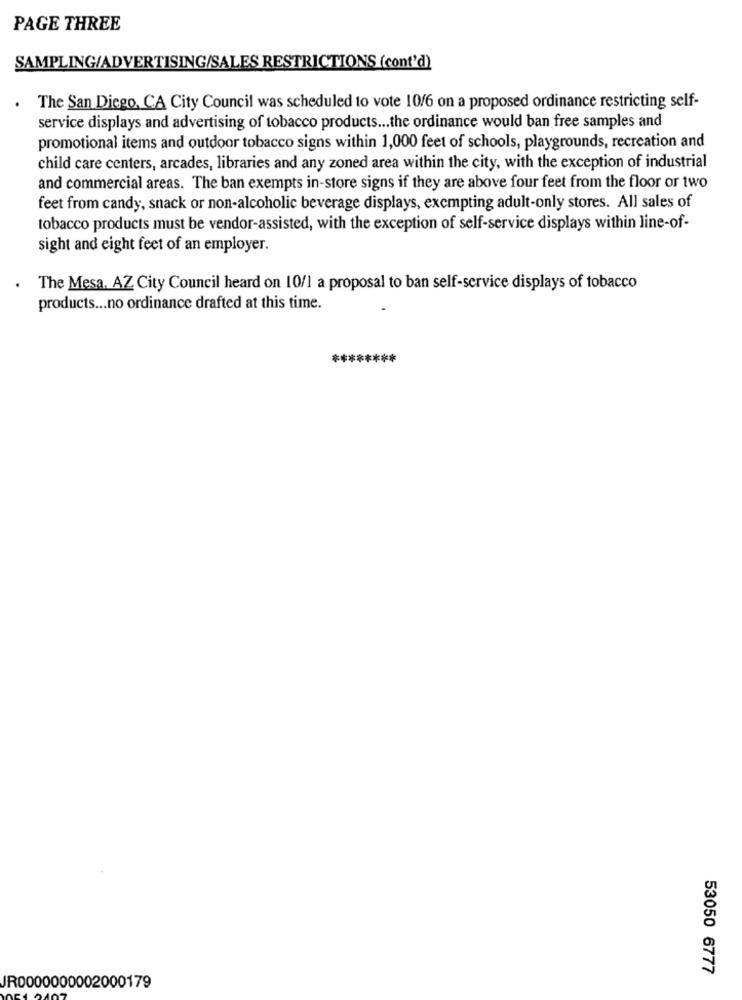
PAGE THREE
SAMPLING/ADVERTISING/SALES RESTRICTIONS (cont'd)
.
The San Diego, CA City Council was scheduled to vote 10/6 on a proposed ordinance restricting self-
service displays and advertising of tobacco products ... the ordinance would ban free samples and
promotional items and outdoor tobacco signs within 1,000 feet of schools, playgrounds, recreation and
child care centers, arcades, libraries and any zoned area within the city, with the exception of industrial
and commercial areas. The ban exempts in-store signs if they are above four feet from the floor or two
feet from candy, snack or non-alcoholic beverage displays, exempting adult-only stores. All sales of
tobacco products must be vendor-assisted, with the exception of self-service displays within line-of-
sight and eight feet of an employer.
The Mesa. AZ City Council heard on 10/1 a proposal to ban self-service displays of tobacco
products ... no ordinance drafted at this time.
**
53050 6777
JR0000000002000179